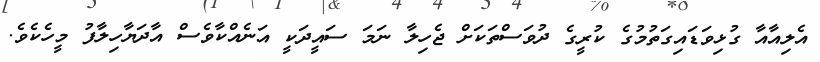
އެލިއާއާ ގުޅިވަޑައިގަތުމުގެ ކުރީގެ ދުވަސްތަކަށް ޖެހިލާ ނަމަ ސައީދަކީ އަނެއްކާވެސް އާދަޔާހިލާފު މީހެކެވެ.